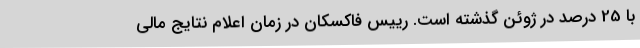
با 25 درصد در ژوئن گذشته است. رییس فاکسکان در زمان اعلام نتایج مالی